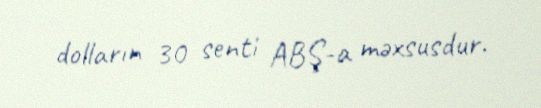
dolların 30 senti ABŞ-a məxsusdur.